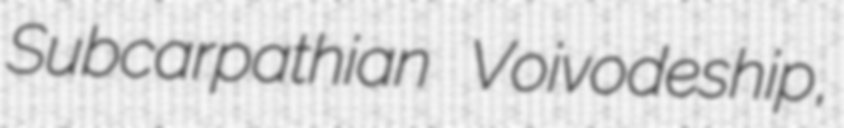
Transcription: Subcarpathian Voivodeship,